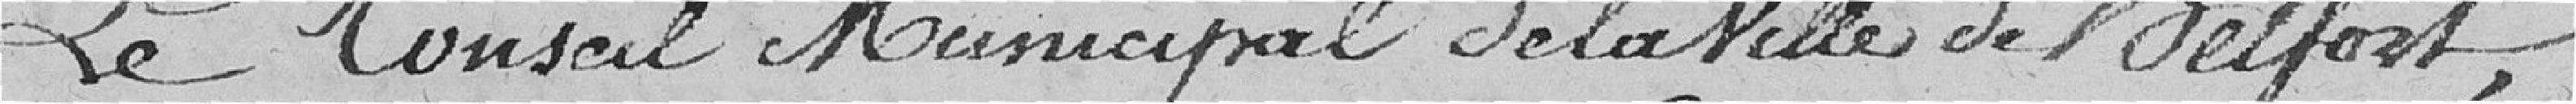
Le Conseil Municipal de la ville de Belfort